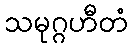
သမုဂ္ဂဟီတံ